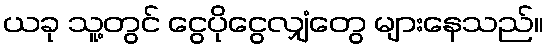
ယခု သူ့တွင် ငွေပိုငွေလျှံတွေ များနေသည်။